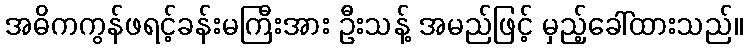
အဓိကကွန်ဖရင့်ခန်းမကြီးအား ဦးသန့် အမည်ဖြင့် မှည့်ခေါ်ထားသည်။